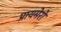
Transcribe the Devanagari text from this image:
प्रायमेरो